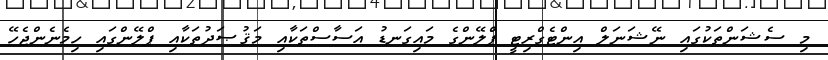
މި ސެޝަންތަކުގައި ނޭޝަނަލް އިންޓެގްރިޓީ ޕްލޭންގެ މައިގަނޑު އަސާސްތަކާއި މަޤުޞަދުތަކާއި ޕްލޭންގައި ހިމެނެންޖެހޭ